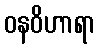
ဝနဝိဟာရာ